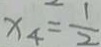
x _ { 4 } = \frac { 1 } { 2 }